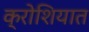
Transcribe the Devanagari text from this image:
क्रोशियात